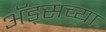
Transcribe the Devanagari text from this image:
अॅड्सच्या